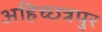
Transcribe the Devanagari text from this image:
अहिच्छत्रपुर